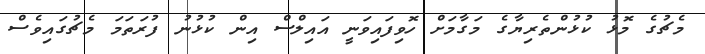
މެޗުގެ މޮޅު ކުޅުންތެރިޔާގެ މަގާމަށް ހޮވިފައިވަނީ އައިލްސް އިން ކުޅުނު ފުރަތަމަ މެޗުގައިވެސް